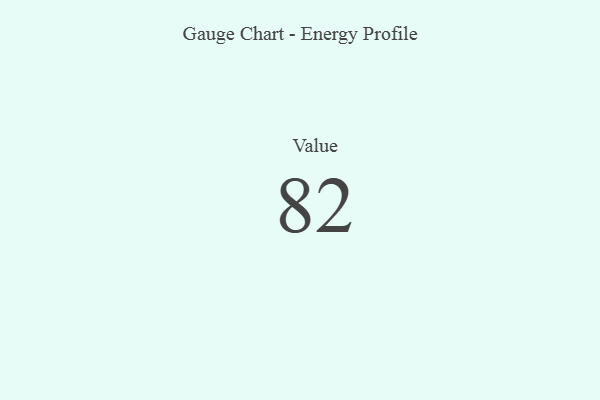
{"axis": {"x": "Metric", "y": "Value"}, "legend": [""], "data": [{"x": "Value", "y": 82, "type": ""}]}